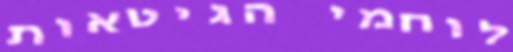
לוחמי הגיטאות